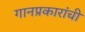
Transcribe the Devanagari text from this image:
गानप्रकारांची